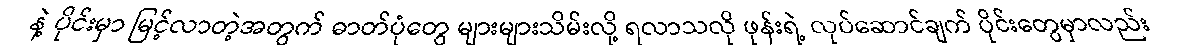
နဲ့ ပိုင်းမှာ မြင့်လာတဲ့အတွက် ဓာတ်ပုံတွေ များများသိမ်းလို့ ရလာသလို ဖုန်းရဲ့ လုပ်ဆောင်ချက် ပိုင်းတွေမှာလည်း